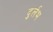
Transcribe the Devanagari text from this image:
दुर्र्लभ